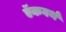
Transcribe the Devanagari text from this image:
ऍकवर्थ